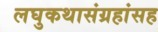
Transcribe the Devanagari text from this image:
लघुकथासंग्रहांसह